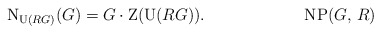
\begin{align*} \textup{N}_{\textup{U}(RG)}(G) = G \cdot \textup{Z}(\textup{U}(RG)). \tag*{NP($G$, $R$)} \end{align*}